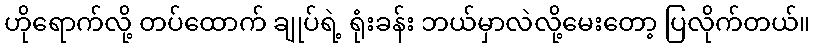
ဟိုရောက်လို့ တပ်ထောက် ချုပ်ရဲ့ ရုံးခန်း ဘယ်မှာလဲလို့မေးတော့ ပြလိုက်တယ်။